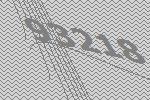
93218